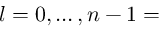
l = 0 , \dots , n - 1 =